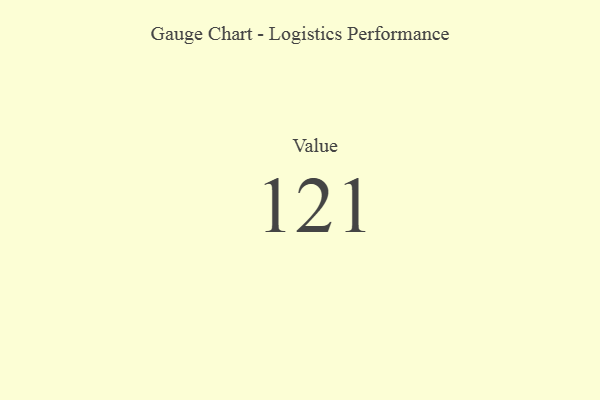
{"axis": {"x": "Metric", "y": "Value"}, "legend": [""], "data": [{"x": "Value", "y": 121, "type": ""}]}